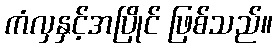
ကံလှနှင့်အပြိုင် ဖြစ်သည်။